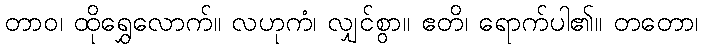
တာဝ၊ ထိုရွှေလောက်။ လဟုကံ၊ လျှင်စွာ။ ဧတိ၊ ရောက်ပါ၏။ တတော၊